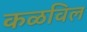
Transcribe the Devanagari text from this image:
कळविल